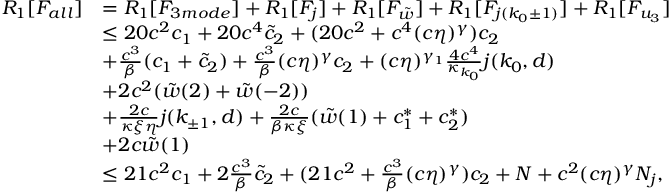
\begin{array} { r l } { R _ { 1 } [ F _ { a l l } ] } & { = R _ { 1 } [ F _ { 3 m o d e } ] + R _ { 1 } [ F _ { j } ] + R _ { 1 } [ F _ { \tilde { w } } ] + R _ { 1 } [ F _ { j ( k _ { 0 } \pm 1 ) } ] + R _ { 1 } [ F _ { u _ { 3 } } ] } \\ & { \le 2 0 c ^ { 2 } c _ { 1 } + 2 0 c ^ { 4 } \tilde { c } _ { 2 } + ( 2 0 c ^ { 2 } + c ^ { 4 } ( c \eta ) ^ { \gamma } ) c _ { 2 } } \\ & { + \frac { c ^ { 3 } } \beta ( c _ { 1 } + \tilde { c } _ { 2 } ) + \frac { c ^ { 3 } } \beta ( c \eta ) ^ { \gamma } c _ { 2 } + ( c \eta ) ^ { \gamma _ { 1 } } \frac { 4 c ^ { 4 } } { \kappa _ { k _ { 0 } } } j ( k _ { 0 } , d ) } \\ & { + 2 c ^ { 2 } ( \tilde { w } ( 2 ) + \tilde { w } ( - 2 ) ) } \\ & { + \frac { 2 c } { \kappa \xi \eta } j ( k _ { \pm 1 } , d ) + \frac { 2 c } { \beta \kappa \xi } ( \tilde { w } ( 1 ) + c _ { 1 } ^ { \ast } + c _ { 2 } ^ { \ast } ) } \\ & { + 2 c \tilde { w } ( 1 ) } \\ & { \le 2 1 c ^ { 2 } c _ { 1 } + 2 \frac { c ^ { 3 } } \beta \tilde { c } _ { 2 } + ( 2 1 c ^ { 2 } + \frac { c ^ { 3 } } \beta ( c \eta ) ^ { \gamma } ) c _ { 2 } + N + c ^ { 2 } ( c \eta ) ^ { \gamma } N _ { j } , } \end{array}